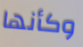
وكأنها